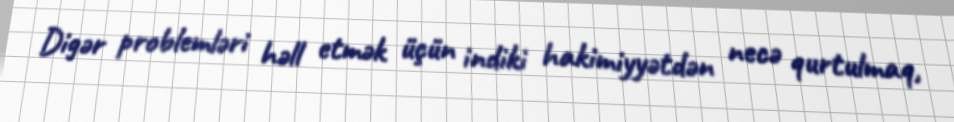
Digər problemləri həll etmək üçün indiki hakimiyyətdən necə qurtulmaq,